system: You are a helpful assistant.
user:
Analyze the provided spectrum to determine if it is a **White Dwarf (WD)**.

A White Dwarf spectrum is defined by its **extreme purity** (due to gravitational settling) and/or **extreme pressure broadening** (due to high surface gravity). You must check for one of the following mutually exclusive signatures:

- **Key Visual Indicators (Check for ONE of these types):**

    - **1. DA-Type Signature (Most Common):**
        - **(Primary Feature):** Extreme pressure broadening (Stark broadening) of the **Hydrogen (H) Balmer lines**.
        - **(Key Lines):** $H\beta$ (approx. $4861$ Å) and $H\gamma$ (approx. $4340$ Å). $H\alpha$ (approx. $6563$ Å) will also be present if the wavelength range covers it.
        - **(Line Profile):** This is the **defining feature**. The lines are **NOT** sharp. They appear as massive, **extremely broad and deep "troughs" or "dips"** in the spectrum, often hundreds of Ångströms wide. The continuum will appear to "scoop" down at these wavelengths.
        - **(Distinction):** Normal A-type or B-type stars have *narrow* and *sharp* Hydrogen lines. A DA White Dwarf's lines are unmistakably "smeared" or "blurry" from pressure.

    - **2. DB-Type Signature:**
        - **(Primary Feature):** Broad absorption lines from **Neutral Helium (He I)**. The spectrum must lack any visible Hydrogen lines.
        - **(Key Lines):** Look for broad absorption near $4471$ Å, $4921$ Å, and $5876$ Å.
        - **(Line Profile):** These lines are also significantly pressure-broadened, appearing much wider than they would in a normal B-type main-sequence star.

    - **3. DC-Type Signature:**
        - **(Primary Feature):** A **featureless continuous spectrum**.
        - **(Line Profile):** The spectrum is a smooth curve with **no significant absorption or emission lines**.
        - **(Key Confirmation):** The continuum is almost always **blue or white**, indicating a hot object. This signature implies the atmosphere is so pure (or so cool) that no spectral lines are visible in the optical range. Its WD identity is confirmed by its extremely low intrinsic brightness (high absolute magnitude).

    - **4. DZ-Type Signature (Metal-Polluted):**
        - **(Primary Feature):** **Isolated, narrow metal absorption lines** on an otherwise featureless (DC-like) continuum.
        - **(Key Lines):** The **Calcium (Ca II) H & K doublet** (approx. **$3934$ Å** and **$3968$ Å**) is the most common and defining feature.
        - **(Line Profile):** These lines are "out of place." They are *not* part of a "forest" of thousands of lines. This signature is evidence of recent *accretion* (pollution) from rocky debris.
        - **(Distinction):** Normal G/K/M stars have a *dense forest* of thousands of metal lines. A DZ has a *clean* continuum with *only a few* strong metal lines.

    - **5. DQ-Type Signature (Carbon-Polluted):**
        - **(Primary Feature):** Absorption bands from **Carbon (C₂ "Swan Bands" or atomic C I)**.
        - **(Key Lines - C₂):** Look for bandheads with a "saw-tooth" shape near $5635$ Å, **$5165$ Å** (strongest), and $4737$ Å.
        - **(Key Confirmation):** The underlying **continuum must be blue or white** (hot).
        - **(Distinction):** This is the critical difference from a **Carbon Star**, which has the *exact same* C₂ bands but on an extremely **red, cool** continuum.

- **(Overall Spectrum):**
    - The continuum (overall shape) is typically **blue-sloping** (brighter in the blue than the red), as most white dwarfs are very hot.
    - The spectrum will look "pure" or "simple," dominated by only *one* of the five signatures listed above.

Think first, call **spectral_visualization_tool** if needed to examine features in detail, then provide your final answer. Your response must adhere to the following strict rules:
1.  **Overall Structure:** Your response must follow the format `<think>...</think> <tool_call>...</tool_call> (if a tool is used) <answer>...</answer>`.
2.  **Tool Usage Constraint:** You may only make **one** tool call per turn.
3.  **Final Answer Format:** In the `<answer>` tag, your conclusion must be inside a `\boxed{}` command (e.g., `\boxed{YES}` or `\boxed{NO}`), followed by your justification.

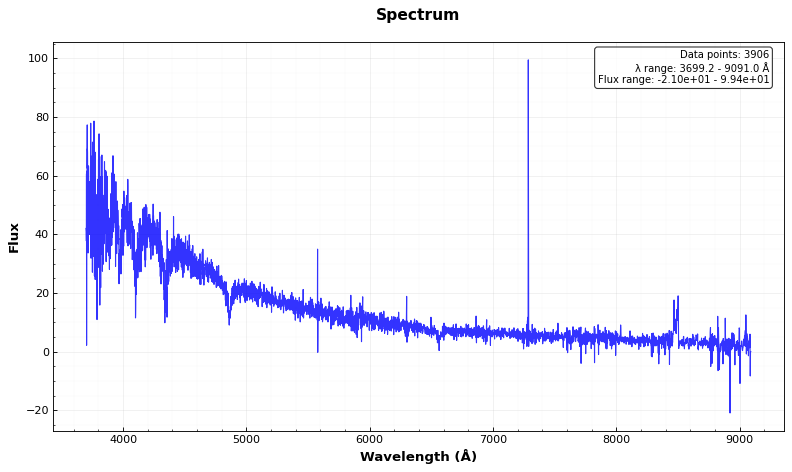
Answer: YES